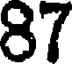
87